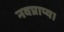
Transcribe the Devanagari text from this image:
नवप्राप्य।